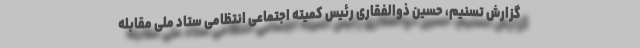
گزارش تسنیم، حسین ذوالفقاری رئیس کمیته اجتماعی انتظامی ستاد ملی مقابله